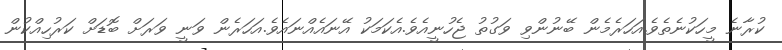
ކުރާނެ މީހަކުނެތެވެ.އަހަރެމެން ބޭނުންވި ވަގުތު ޖެހުނީއެވެ.އެކަމަކު އޭނައެއްނައެވެ.އަހަރެން ވަނީ ވަރަށް ބޮޑަށް ކަރުހިއްކުން